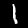
Label: 1